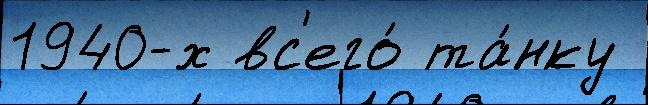
1940-х вс'его́ та́нку